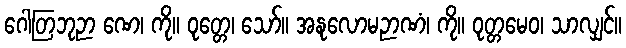
ဂေါတြဘုဉာ ဏေ၊ ကို။ ဝုတ္တေ၊ သော်။ အနုလောမဉာဏံ၊ ကို။ ဝုတ္တမေဝ၊ သာလျှင်။